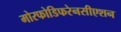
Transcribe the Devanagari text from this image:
मोरफोडिफरेनसीएशन